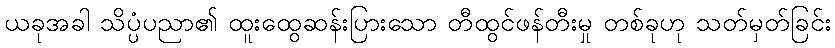
ယခုအခါ သိပ္ပံပညာ၏ ထူးထွေဆန်းပြားသော တီထွင်ဖန်တီးမှု တစ်ခုဟု သတ်မှတ်ခြင်း